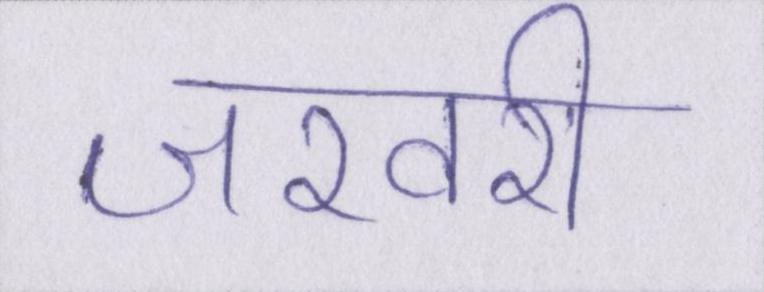
जरवरी